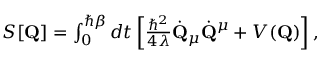
\begin{array} { r } { S [ \mathbf { Q } ] = \int _ { 0 } ^ { \hbar \beta } d t \left[ \frac { \hbar ^ { 2 } } { 4 \lambda } \dot { \mathbf { Q } } _ { \mu } \dot { \mathbf { Q } } ^ { \mu } + V ( \mathbf { Q } ) \right] , } \end{array}